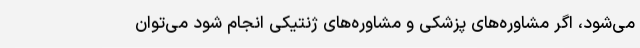
می‌شود، اگر مشاوره‌های پزشکی و مشاوره‌های ژنتیکی انجام شود می‌توان